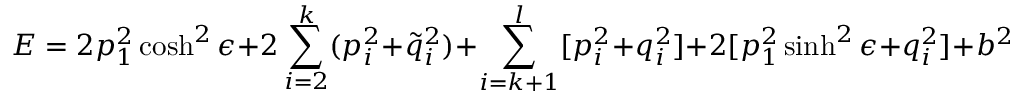
E = 2 p _ { 1 } ^ { 2 } \cosh ^ { 2 } \epsilon + 2 \sum _ { i = 2 } ^ { k } ( p _ { i } ^ { 2 } + \tilde { q } _ { i } ^ { 2 } ) + \sum _ { i = k + 1 } ^ { l } [ p _ { i } ^ { 2 } + q _ { i } ^ { 2 } ] + 2 [ p _ { 1 } ^ { 2 } \sinh ^ { 2 } \epsilon + q _ { i } ^ { 2 } ] + b ^ { 2 }